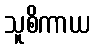
သူစိကာယ